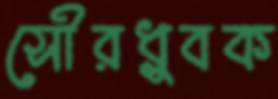
সৌরধ্রুবক